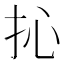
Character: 抋